Report of the Indian Hemp Drugs Commission, 1894-1895 - Volume IV
Year: 1894
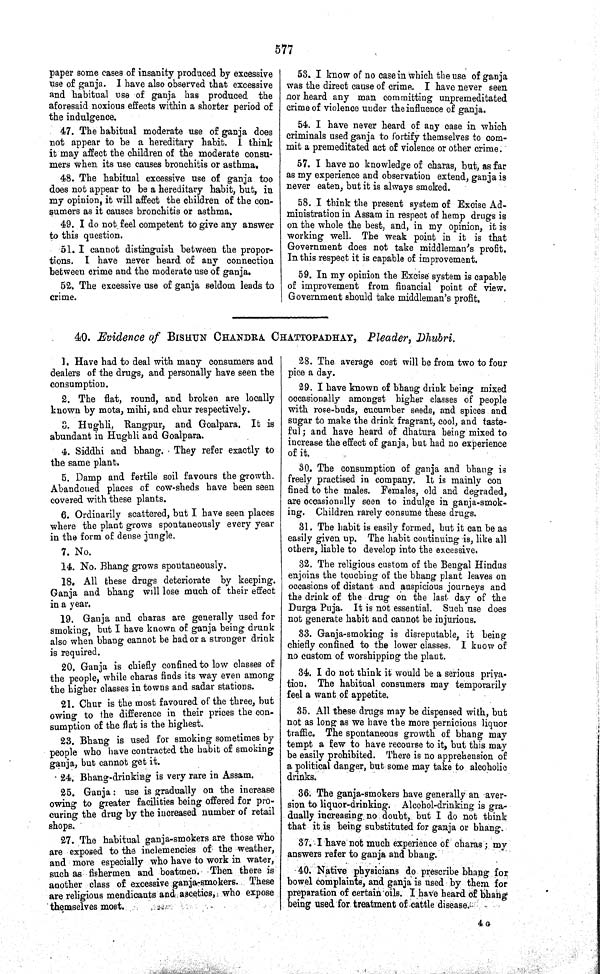
577
paper some cases of insanity produced by excessive
use of ganja. I have also observed that excessive
and habitual use of ganja has produced the
aforesaid noxious effects within a shorter period of
the indulgence.
47. The habitual moderate use of ganja does
not appear to be a hereditary habit. I think
it may affect the children of the moderate consu-
mers when its use causes bronchitis or asthma.
48. The habitual excessive use of ganja too
does not appear to be a hereditary habit, but, in
my opinion, it will affect the children of the con-
sumers as it causes bronchitis or asthma.
49. I do not feel competent to give any answer
to this question.
51. I cannot distinguish between the propor-
tions. I have never heard of any connection
between crime and the moderate use of ganja.
52. The excessive use of ganja seldom leads to
crime.
53. I know of no case in which the use of ganja
was the direct cause of crime. I have never seen
nor heard any man committing unpremeditated
crime of violence under the influence of ganja.
54. I have never heard of any case in which
criminals used ganja to fortify themselves to com-
mit a premeditated act of violence or other crime.
57. I have no knowledge of charas, but, as far
as my experience and observation extend, ganja is
never eaten, but it is always smoked.
58. I think the present system of Excise Ad-
ministration in Assam in respect of hemp drugs is
on the whole the best, and, in my opinion, it is
working well. The weak point in it is that
Government does not take middleman's profit.
In this respect it is capable of improvement.
59. In my opinion the Excise system is capable
of improvement from financial point of view.
Government should take middleman's profit.
40. Evidence of BISHUN CHANDRA CHATTOPADHAY, Pleader, Dhubri.
1. Have had to deal with many consumers and
dealers of the drugs, and personally have seen the
consumption.
2. The flat, round, and broken are locally
known by mota, mihi, and chur respectively.
3. Hughli, Rangpur, and Goalpara. It is
abundant in Hughli and Goalpara.
4. Siddhi and bhang. They refer exactly to
the same plant.
5. Damp and fertile soil favours the growth.
Abandoned places of cow-sheds have been seen
covered with these plants.
6. Ordinarily scattered, but I have seen places
where the plant grows spontaneously every year
in the form of dense jungle.
7. No.
14. No. Bhang grows spontaneously.
18. All these drugs deteriorate by keeping.
Ganja and bhang will lose much of their effect
in a year.
19. Ganja and charas are generally used for
smoking, but I have known of ganja being drunk
also when bhang cannot be had or a stronger drink
is required.
20. Ganja is chiefly confined to low classes of
the people, while charas finds its way even among
the higher classes in towns and sadar stations.
21. Chur is the most favoured of the three, but
owing to the difference in their prices the con-
sumption of the flat is the highest.
23. Bhang is used for smoking sometimes by
people who have contracted the habit of smoking
ganja, but cannot get it.
24. Bhang-drinking is very rare in Assam.
25. Ganja: use is gradually on the increase
owing to greater facilities being offered for pro-
curing the drug by the increased number of retail
shops.
27. The habitual ganja-smokers are those who
are exposed to the inclemencies of the weather,
and more especially who have to work in water,
such as fishermen and boatmen. Then there is
another class of excessive ganja-smokers. These
are religious mendicants and ascetics, who expose
themselves most.
28. The average cost will be from two to four
pice a day.
29. I have known of bhang drink being mixed
occasionally amongst higher classes of people
with rose-buds, cucumber seeds, and spices and
sugar to make the drink fragrant, cool, and taste-
ful; and have heard of dhatura being mixed to
increase the effect of ganja, but had no experience
of it.
30. The consumption of ganja and bhang is
freely practised in company. It is mainly con
fined to the males. Females, old and degraded,
are occasionally seen to indulge in ganja-smok-
ing. Children rarely consume these drugs.
31. The habit is easily formed, but it can be as
easily given up. The habit continuing is, like all
others, liable to develop into the excessive.
32. The religious custom of the Bengal Hindus
enjoins the touching of the bhang plant leaves on
occasions of distant and auspicious journeys and
the drink of the drug on the last day of the
Durga Puja. It is not essential. Such use does
not generate habit and cannot be injurious.
33. Ganja-smoking is disreputable, it being
chiefly confined to the lower classes. I know of
no custom of worshipping the plant.
34. I do not think it would be a serious priya-
tion. The habitual consumers may temporarily
feel a want of appetite.
35. All these drugs may be dispensed with, but
not as long as we have the more pernicious liquor
traffic. The spontaneous growth of bhang may
tempt a few to have recourse to it, but this may
be easily prohibited. There is no apprehension of
a political danger, but some may take to alcoholic
drinks.
36. The ganja-smokers have generally an aver-
sion to liquor-drinking. Alcohol-drinking is gra-
dually increasing no doubt, but I do not think
that it is being substituted for ganja or bhang.
37. I have not much experience of charas; my
answers refer to ganja and bhang.
40. Native physicians do prescribe bhang for
bowel complaints, and ganja is used by them for
preparation of certain oils. I have heard of bhang
being used for treatment of cattle disease.
4 G